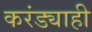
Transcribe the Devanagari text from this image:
करंड्याही